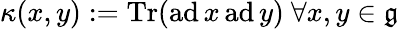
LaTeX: \kappa(x,y):={\textrm{Tr}}({\textrm{ad}}\, x\, {\textrm{ad}}\, y)\ \forall x,y\in{\mathfrak{g}}